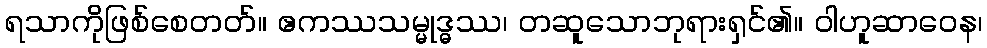
ရသာကိုဖြစ်စေတတ်။ ဧကဿသမ္မုဒ္ဓဿ၊ တဆူသောဘုရားရှင်၏။ ဝါဟူဆာဝေန၊